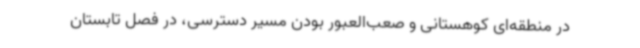
در منطقه‌ای کوهستانی و صعب‌العبور بودن مسیر دسترسی، در فصل تابستان